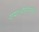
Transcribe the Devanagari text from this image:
गया।मेडागास्कर